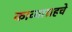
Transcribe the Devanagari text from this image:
काव्याग्रहचे